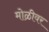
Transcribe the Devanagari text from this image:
मोळीवर